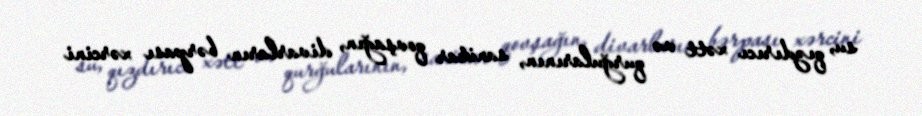
su, qızdırıcı xətt və qurğularının, sanitar qovşağın, divarların bərpası xərcini